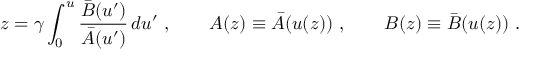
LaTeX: z = \gamma \int _ { 0 } ^ { u } \frac { { \bar { B } } ( u ^ { \prime } ) } { { \bar { A } } ( u ^ { \prime } ) } \, d u ^ { \prime } \ , \qquad A ( z ) \equiv { \bar { A } } ( u ( z ) ) \ , \qquad B ( z ) \equiv { \bar { B } } ( u ( z ) ) \ .